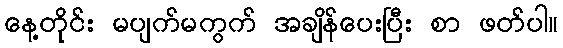
နေ့တိုင်း မပျက်မကွက် အချိန်ပေးပြီး စာ ဖတ်ပါ။